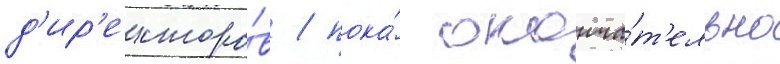
д'ир'екторо́в / пока́ оконча́т'ельно